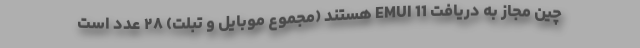
چین مجاز به دریافت EMUI 11 هستند (مجموع موبایل و تبلت) ۲۸ عدد است